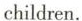
children.